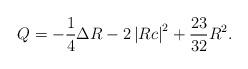
LaTeX: \begin{align*}Q=-\frac{1}{4}\Delta R-2\left\vert Rc\right\vert ^{2}+\frac{23}{32}R^{2}.\end{align*}